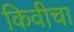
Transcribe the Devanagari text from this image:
किवीचा